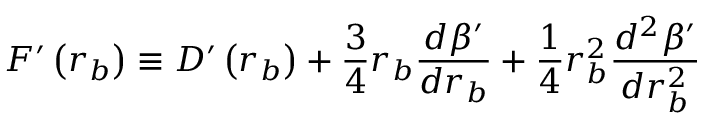
F ^ { \prime } \left( r _ { b } \right) \equiv D ^ { \prime } \left( r _ { b } \right) + \frac { 3 } { 4 } r _ { b } \frac { d \beta ^ { \prime } } { d r _ { b } } + \frac { 1 } { 4 } r _ { b } ^ { 2 } \frac { d ^ { 2 } \beta ^ { \prime } } { d r _ { b } ^ { 2 } }